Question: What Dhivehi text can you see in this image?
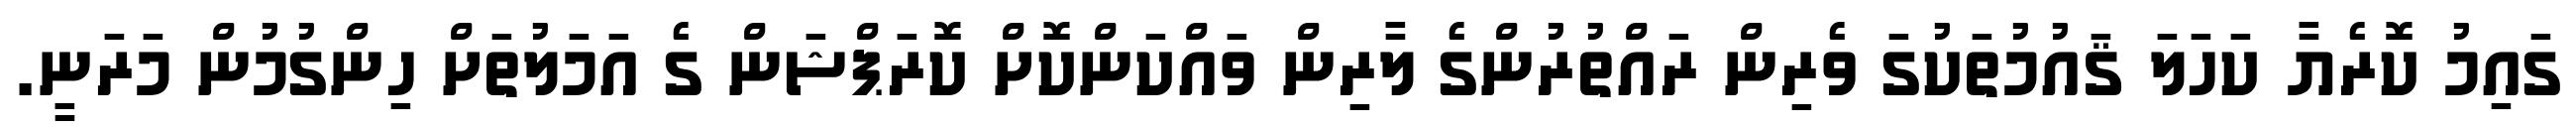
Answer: ގައިމު ކޮރެޔާ ކަހަލަ ޤައުމުތަކުގަ ވެރިން ރައްތުރުންގެ ލާރިން ވައްކަންކޮށް ކޮރަޕްޝަން ގެ އަމަލުތަށް ހިންގުމުން މަރަނީ.